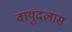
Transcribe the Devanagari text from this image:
वायुदलास